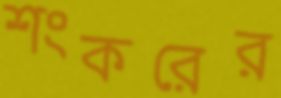
শংকরের